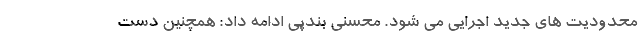
محدودیت های جدید اجرایی می شود. محسنی بندپی ادامه داد: همچنین دست